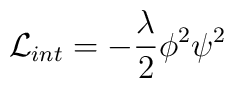
{\cal L}_{int} = -\frac{\lambda}{2}{\phi}^{2}{\psi}^{2}